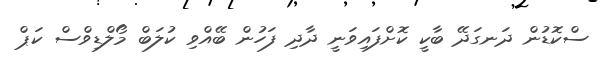
ސްކޮޑުން ދަނގަދޭ ބާކީ ކޮށްފައިވަނީ ދާދި ފަހުން ބޭއްވި ކުލަބް މޯލްޑިވްސް ކަޕް